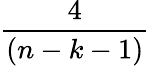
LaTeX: \frac{4}{(n-k-1)}